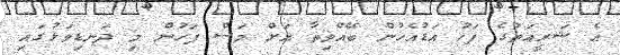
އެ ޝަރީއަތުގެ ފަހު އަޑުއެހުން ބޭއްވިތާ އަށް މަސް ފަހުން މި ދަނޑިވަޅުގައި